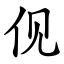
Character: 伣